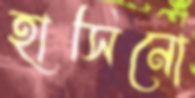
হাসিনো